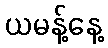
ယမန့်နေ့